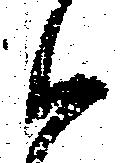
御